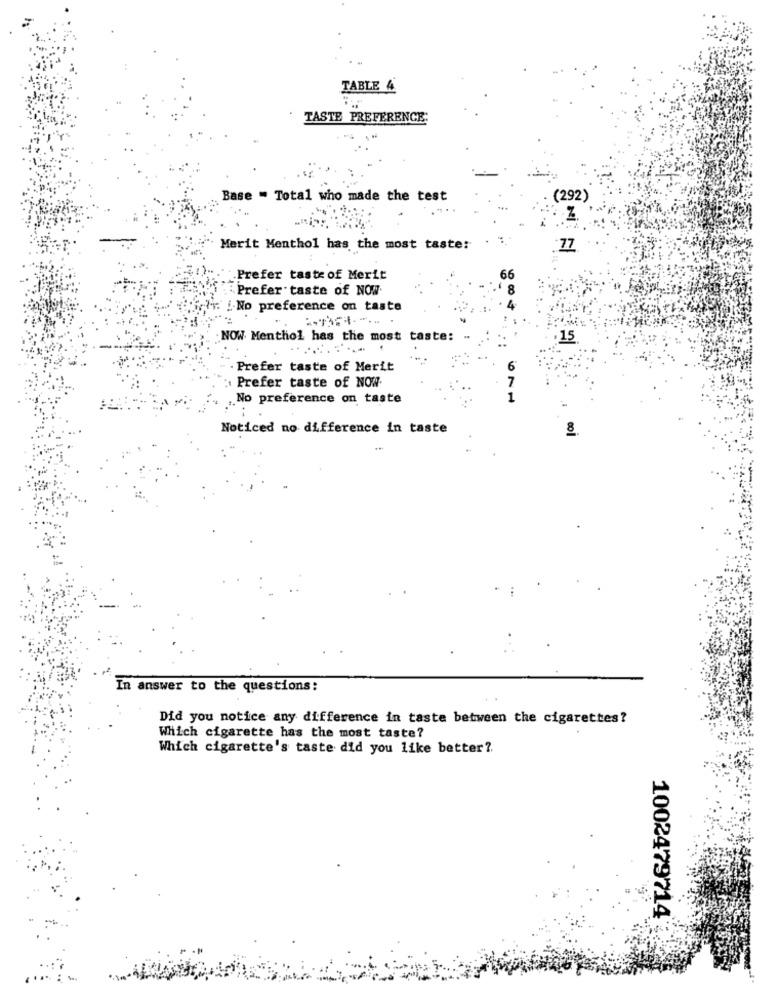
TABLE 4
TASTE PREFERENCE:
Base - Total who made the test
(292)
Nİ
Merit Menthol has the most taste: .
77
Prefer taste of Merit
66
Prefer taste of NOW
8
i-No preference on taste
NOW Menthol has the most taste:
15
Prefer taste of Merit
Prefer taste of NOW.
7
No preference on taste
1
Noticed no difference in taste
In answer to the questions:
Did you notice any difference in taste between the cigarettes?
Which cigarette has the most taste?
Which cigarette's taste did you like better ?.
1002479714